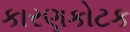
કારણકોટક